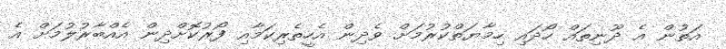
އަތުން އެ ދޫނިތައް ހޯދައި ހިމާޔަތްކުރުމަށް ވެދިން އެހީތެރިކަމާއި ފޯރުކޮށްދިން އެއްބާރުލުމަށް އެ